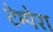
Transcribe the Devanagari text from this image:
टेम्पेरा